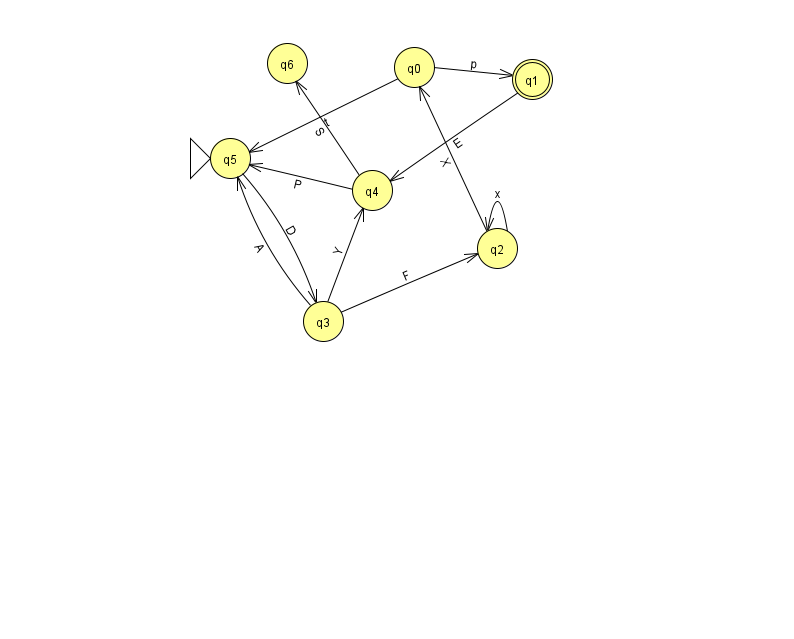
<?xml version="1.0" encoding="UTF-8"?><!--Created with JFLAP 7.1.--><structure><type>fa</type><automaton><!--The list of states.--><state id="0" name="q0"><x>414.0</x><y>54.0</y></state><state id="1" name="q1"><x>532.0</x><y>66.0</y><final/></state><state id="2" name="q2"><x>497.0</x><y>235.0</y></state><state id="3" name="q3"><x>323.0</x><y>308.0</y></state><state id="4" name="q4"><x>372.0</x><y>177.0</y></state><state id="5" name="q5"><x>230.0</x><y>145.0</y><initial/></state><state id="6" name="q6"><x>287.0</x><y>50.0</y></state><!--The list of transitions.--><transition><from>3</from><to>5</to><read>A</read></transition><transition><from>2</from><to>0</to><read>X</read></transition><transition><from>3</from><to>2</to><read>F</read></transition><transition><from>3</from><to>4</to><read>Y</read></transition><transition><from>5</from><to>3</to><read>D</read></transition><transition><from>2</from><to>2</to><read>x</read></transition><transition><from>0</from><to>5</to><read>t</read></transition><transition><from>4</from><to>5</to><read>P</read></transition><transition><from>0</from><to>1</to><read>p</read></transition><transition><from>1</from><to>4</to><read>E</read></transition><transition><from>4</from><to>6</to><read>S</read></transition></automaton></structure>